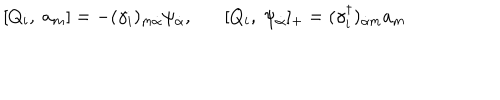
[ Q _ { i } , \; a _ { m } ] = - ( \gamma _ { i } ) _ { m \dot { \alpha } } \psi _ { \dot { \alpha } } , [ Q _ { i } , \; \psi _ { \dot { \alpha } } ] _ { + } = ( \gamma _ { i } ^ { \dagger } ) _ { \dot { \alpha } m } a _ { m }